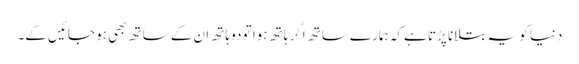
دنیا کو یہ بتلانا پڑتا ہے کہ ہمارے ساتھ اگر ہاتھ ہوا تو دو ہاتھ ان کے ساتھ بھی ہو جائیں گے۔